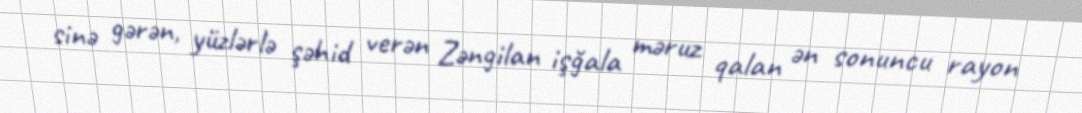
sinə gərən, yüzlərlə şəhid verən Zəngilan işğala məruz qalan ən sonuncu rayon